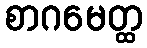
စာဂမေတ္ထ